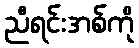
ညီရင်းအစ်ကို